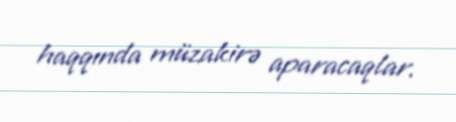
haqqında müzakirə aparacaqlar.